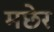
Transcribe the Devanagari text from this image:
मछेर